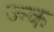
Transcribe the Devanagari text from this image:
ज्न्क